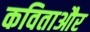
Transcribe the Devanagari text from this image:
कविताऔर